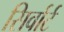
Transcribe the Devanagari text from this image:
सिर्वार्ट